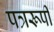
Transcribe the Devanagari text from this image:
पत्ररूपी